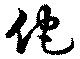
佗